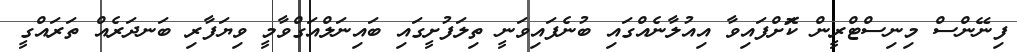
ފިނޭންސް މިނިސްޓްރީން ކޮަށްފައިވާ އިއުލާނެއްގައި ބުނެފައިވަނީ ތިލަފުށީގައި ބައިނަލްއަގްވާމީ ވިޔަފާރި ބަނދަރެއް ތަރައްގީ